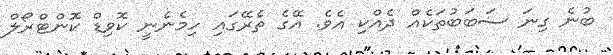
ބުނެ ގިނަ ސަބަބުތަކެއް ދެއްކި އެވެ. އޭގެ ތެރޭގައި ހިމެނެނީ ކޮވިޑް ކޮންޓްރޯލް